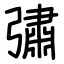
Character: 彇